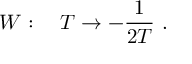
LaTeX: W : \quad T \rightarrow - \frac { 1 } { 2 T } \ .